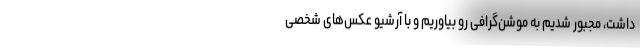
داشت، مجبور شدیم به موشن‌گرافی رو بیاوریم و با آرشیو عکس‌های شخصی